Civil Veterinary Department Bengal reports 1933-51 - 1933-1951
Year: 1933
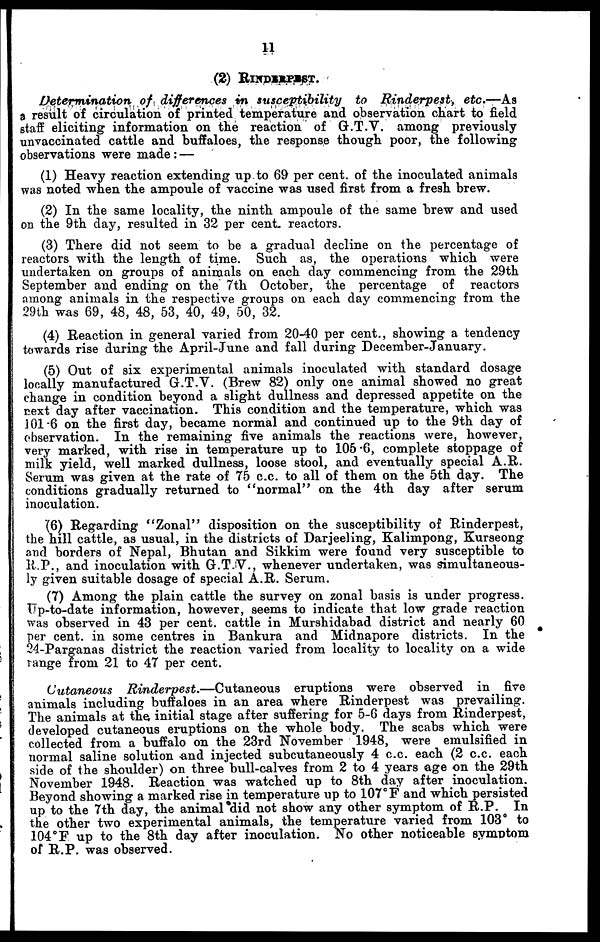
11
(2) RINDERPEST.
Determination of differences in susceptibility
to Rinderpest,
etc.—As
a result of circulation of printed temperature and observation chart to field
staff eliciting information on the reaction of G.T.V. among previously
unvaccinated cattle and buffaloes, the response though poor, the following
observations were made : —
(1) Heavy reaction extending up to 69 per cent. of the inoculated animals
was noted when the ampoule of vaccine was used first from a fresh brew.
(2) In the same locality, the ninth ampoule of the same brew and used
on the 9th day, resulted in 32 per cent. reactors.
(3) There did not seem to be a gradual decline on the percentage of
reactors with the length of time. Such as, the operations which were
undertaken on groups of animals on each day commencing from the 29th
September and ending on the 7th October, the percentage of reactors
among animals in the respective groups on each day commencing from the
29th was 69, 48, 48, 53, 40, 49, 50, 32.
(4) Reaction in general varied from 20-40 per cent., showing a tendency
towards rise during the April-June and fall during December-January.
(5) Out of six experimental animals inoculated with standard dosage
locally manufactured G.T.V. (Brew 82) only one animal showed no great
change in condition beyond a slight dullness and depressed appetite on the
next day after vaccination. This condition and the temperature, which was
101 .6 on the first day, became normal and continued up to the 9th day of
observation. In the remaining five animals the reactions were, however,
very marked, with rise in temperature up to 105 .6, complete stoppage of
milk yield, well marked dullness, loose stool, and eventually special A.R.
Serum was given at the rate of 75 c.c. to all of them on the 5th day. The
conditions gradually returned to "normal" on the 4th day after serum
inoculation.
(6) Regarding "Zonal" disposition on the susceptibility of Rinderpest,
the hill cattle, as usual, in the districts of Darjeeling, Kalimpong, Kurseong
and borders of Nepal, Bhutan and Sikkim were found very susceptible to
R.P., and inoculation with G.T.V., whenever undertaken, was simultaneous-
ly given suitable dosage of special A.R. Serum.
(7) Among the plain cattle the survey on zonal basis is under progress.
Up-to-date information, however, seems to indicate that low grade reaction
was observed in 43 per cent. cattle in Murshidabad district and nearly 60
per cent. in some centres in Bankura and Midnapore districts. In the
24-Parganas district the reaction varied from locality to locality on a wide
range from 21 to 47 per cent.
Cutaneous
Rinderpest.—Cutaneous
eruptions were observed in five
animals including buffaloes in an area where Rinderpest was prevailing.
The animals at the initial stage after suffering for 5-6 days from Rinderpest,
developed cutaneous eruptions on the whole body. The scabs which were
collected from a buffalo on the 23rd November 1948, were emulsified in
normal saline solution and injected subcutaneously 4 c.c. each (2 c.c. each
side of the shoulder) on three bull-calves from 2 to 4 years age on the 29th
November 1948. Reaction was watched up to 8th day after inoculation.
Beyond showing a marked rise in temperature up to 107ºF and which persisted
up to the 7th day, the animal did not show any other symptom of R.P. In
the other two experimental animals, the temperature varied from 103º to
104ºF up to the 8th day after inoculation. No other noticeable symptom
of R.P. was observed.